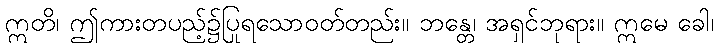
ဣတိ၊ ဤကားတပည့်၌ပြုရသောဝတ်တည်း။ ဘန္တေ၊ အရှင်ဘုရား။ ဣမေ ခေါ၊